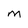
Character: M